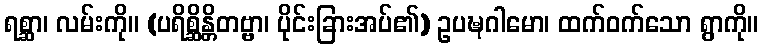
ရစ္ဆာ၊ လမ်းကို။ (ပရိစ္ဆိန္တိတဗ္ဗာ၊ ပိုင်းခြားအပ်၏) ဥပဍ္ဎဂါမော၊ ထက်ဝက်သော ရွာကို။